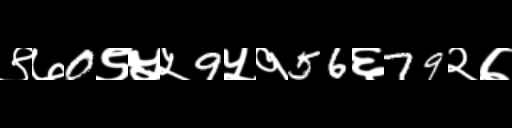
Text: ९७0९५५9५१56६79२७